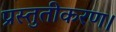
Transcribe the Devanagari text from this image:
प्रस्तुतीकरण।